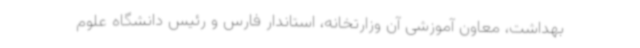
بهداشت، معاون آموزشی آن وزارتخانه، استاندار فارس و رئیس دانشگاه علوم